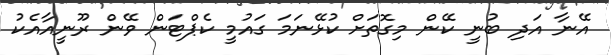
އޭނާ އަދި ބުނީ ކޭން މިގޮތަށް ކުޅޭނަމަ ގައުމީ ކެޕްޓަން ވޭން ރޫނީއާއެކު